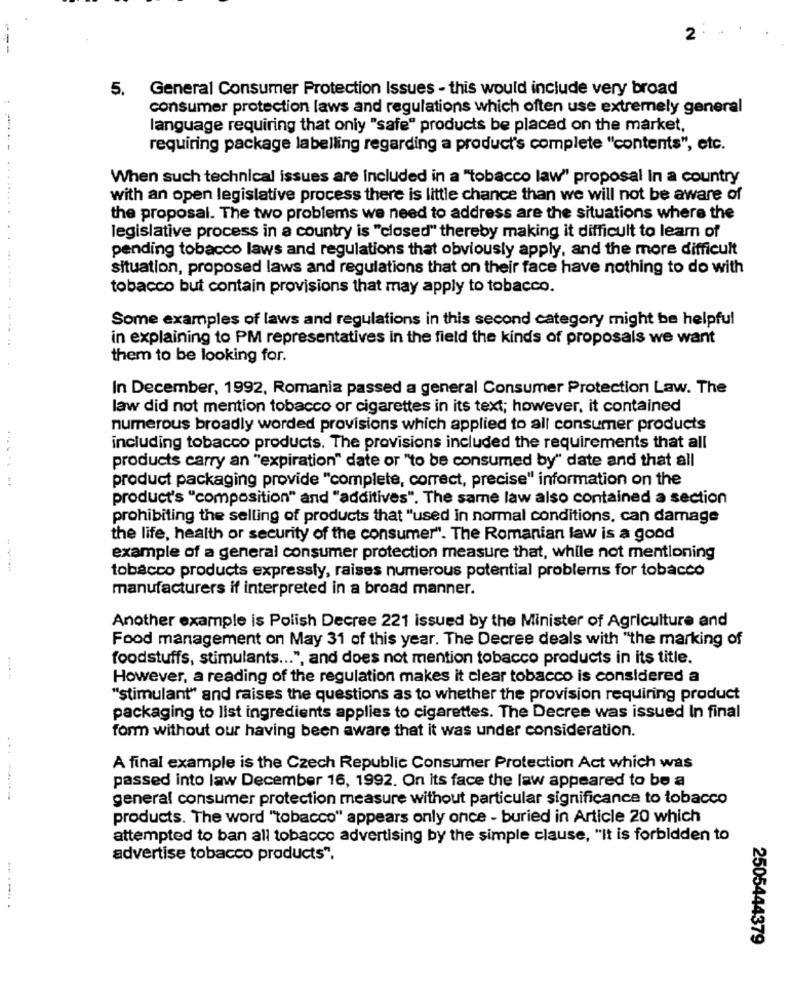
2
---
5.
General Consumer Protection Issues - this would include very broad
consumer protection laws and regulations which often use extremely general
language requiring that only "safe" products be placed on the market,
----
requiring package labelling regarding a product's complete "contents", etc.
When such technical issues are included in a "tobacco law" proposal in a country
with an open legislative process there is little chance than we will not be aware of
the proposal. The two problems we need to address are the situations where the
legislative process in a country is "closed" thereby making it difficult to leam of
pending tobacco laws and regulations that obviously apply, and the more difficult
situation, proposed laws and regulations that on their face have nothing to do with
tobacco but contain provisions that may apply to tobacco.
Some examples of laws and regulations in this second category might be helpful
in explaining to PM representatives in the field the kinds of proposals we want
them to be looking for.
In December, 1992, Romania passed a general Consumer Protection Law. The
law did not mention tobacco or cigarettes in its text; however, it contained
numerous broadly worded provisions which applied to all consumer products
including tobacco products. The provisions included the requirements that all
products carry an "expiration" date or "to be consumed by" date and that all
product packaging provide "complete, correct, precise" information on the
...... ...
product's "composition" and "additives". The same law also contained a section
prohibiting the selling of products that "used in normal conditions, can damage
the life, health or security of the consumer". The Romanian law is a good
example of a general consumer protection measure that, while not mentioning
----
tobacco products expressly, raises numerous potential problems for tobacco
manufacturers if interpreted in a broad manner.
Another example is Polish Decree 221 issued by the Minister of Agriculture and
Food management on May 31 of this year. The Decree deals with "the marking of
foodstuffs, stimulants ... ", and does not mention tobacco products in its title.
However, a reading of the regulation makes it clear tobacco is considered a
"stimulant" and raises the questions as to whether the provision requiring product
packaging to list ingredients applies to cigarettes. The Decree was issued In final
form without our having been aware that it was under consideration.
A final example is the Czech Republic Consumer Protection Act which was
passed into law December 16, 1992. On its face the law appeared to be a
.-----
general consumer protection measure without particular significance to tobacco
products. The word "tobacco" appears only once - buried in Article 20 which
attempted to ban all tobacco advertising by the simple clause, "It is forbidden to
advertise tobacco products".
---- .
2505444379